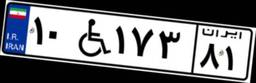
۹۲W۹۶۸۸۵